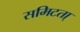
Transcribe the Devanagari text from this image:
समिटता्